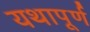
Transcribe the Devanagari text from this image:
यथापूर्ण